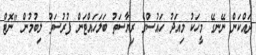
ދައްކަން ނޭނގޭ މީހަކު މިއަދު ހައުސްގެ ރިޔާސަތު ބަލަހައްޓަން ފުރުސަތު ލިބުމުން "ނޮޓް